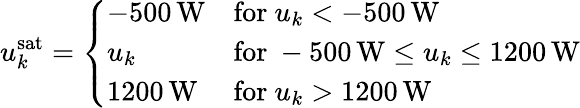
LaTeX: u_{k}^{\mathrm{sat}}=\left\{ \begin{array}{ll}{-500\mathrm{\, W}}&{\mathrm{for~}u_{k}<-500\mathrm{\, W}}\\ {u_{k}}&{\mathrm{for~}-500\mathrm{\, W}\leq u_{k}\leq 1200\mathrm{\, W}}\\ {1200\mathrm{\, W}}&{\mathrm{for~}u_{k}>1200\mathrm{\, W}}\end{array}\right.